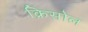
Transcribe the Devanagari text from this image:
क्रिसोल